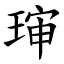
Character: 㻘